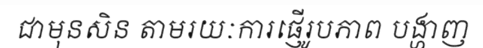
ជាមុនសិន តាមរយៈការផ្ញើរូបភាព បង្ហាញ